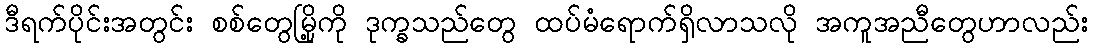
ဒီရက်ပိုင်းအတွင်း စစ်တွေမြို့ကို ဒုက္ခသည်တွေ ထပ်မံရောက်ရှိလာသလို အကူအညီတွေဟာလည်း